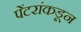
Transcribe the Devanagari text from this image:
पेंटरांकडून